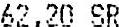
62.20 SR